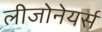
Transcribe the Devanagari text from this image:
लीजोनेयर्स